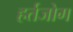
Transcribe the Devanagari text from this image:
हर्तजोग